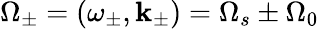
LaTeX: \Omega_{\pm}=(\omega_{\pm},\mathbf{k}_{\pm})=\Omega_{s}\pm\Omega_{0}